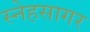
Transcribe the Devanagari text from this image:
स्नेहसागर